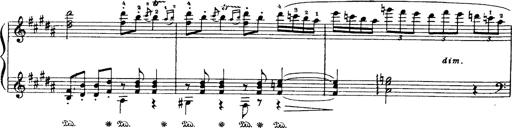
Title: Danza sacra e duetto finale dâ€™Aida
Composer: Franz Liszt